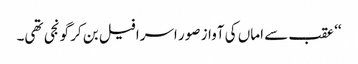
‘‘ عقب سے اماں کی آواز صور اسرافیل بن کر گونجی تھی۔